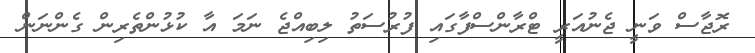
ރޮޖާސް ވަނީ ޖެނުއަރީ ޓްރާންސްފާގައި ފުރުސަތު ލިބިއްޖެ ނަމަ އާ ކުޅުންތެރިން ގެންނަން